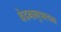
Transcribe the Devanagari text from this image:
वेदनानुपश्यना